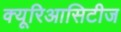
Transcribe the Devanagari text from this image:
क्यूरिआसिटीज